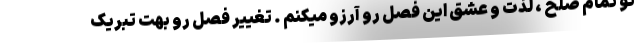
تو تمام صلح ، لذت و عشق این فصل رو آرزو میکنم . تغییر فصل رو بهت تبریک